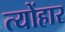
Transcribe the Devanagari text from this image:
त्योंहार